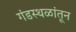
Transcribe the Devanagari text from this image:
गंडस्थळांतून